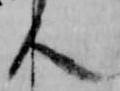
人